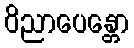
ဝိညာပေန္တော